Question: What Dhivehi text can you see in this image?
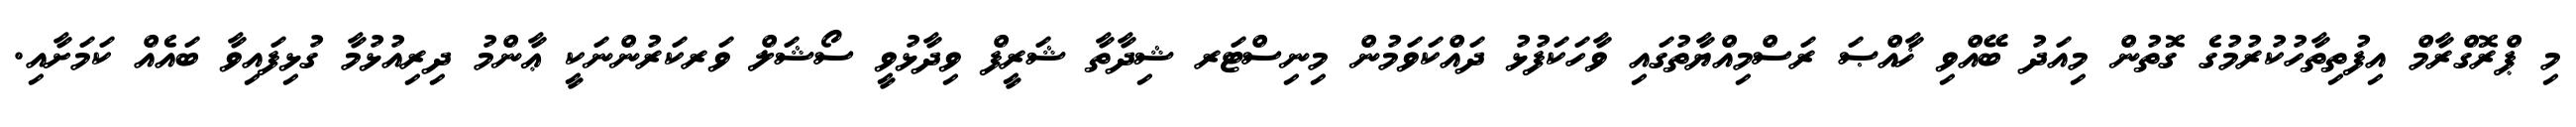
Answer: މި ޕްރޮގްރާމް އިފުތިތާހުކުރުމުގެ ގޮތުން މިއަދު ބޭއްވި ޚާއްޞަ ރަސްމިއްޔާތުގައި ވާހަކަފުޅު ދައްކަވަމުން މިނިސްޓަރ ޝިދާތާ ޝަރީފް ވިދާޅުވީ ސޯޝަލް ވަރކަރުންނަކީ ޢާންމު ދިރިއުޅުމާ ގުޅިފައިވާ ބައެއް ކަމަށާއި.